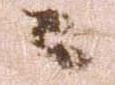
々